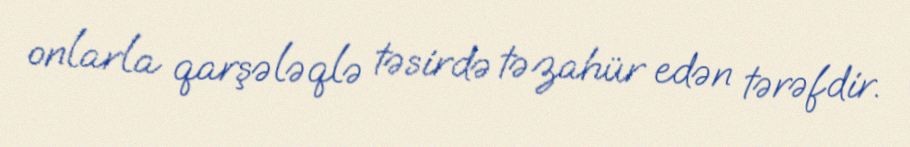
onlarla qarşələqlə təsirdə təzahür edən tərəfdir.